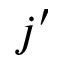
j ^ { \prime }